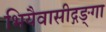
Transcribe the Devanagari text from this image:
भियैवासीद्गङ्गा